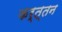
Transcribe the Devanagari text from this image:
कर्त्तन